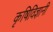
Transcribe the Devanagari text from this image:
कृषिविज्ञानी